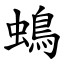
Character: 䳋